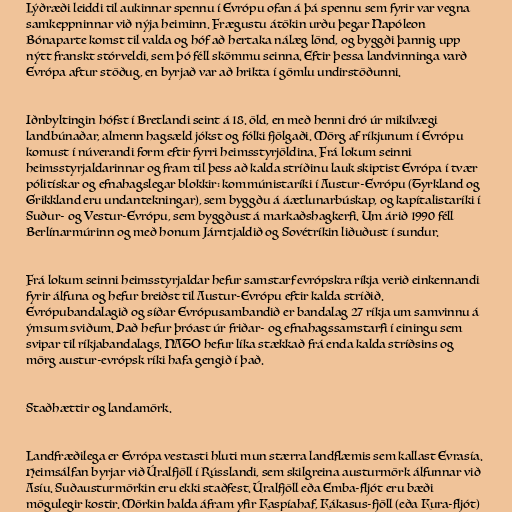
Lýðræði leiddi til aukinnar spennu í Evrópu ofan á þá spennu sem fyrir var vegna
samkeppninnar við nýja heiminn. Frægustu átökin urðu þegar Napóleon
Bónaparte komst til valda og hóf að hertaka nálæg lönd, og byggði þannig upp
nýtt franskt stórveldi, sem þó féll skömmu seinna. Eftir þessa landvinninga varð
Evrópa aftur stöðug, en byrjað var að hrikta í gömlu undirstöðunni.

Iðnbyltingin hófst í Bretlandi seint á 18. öld, en með henni dró úr mikilvægi
landbúnaðar, almenn hagsæld jókst og fólki fjölgaði. Mörg af ríkjunum í Evrópu
komust í núverandi form eftir fyrri heimsstyrjöldina. Frá lokum seinni
heimsstyrjaldarinnar og fram til þess að kalda stríðinu lauk skiptist Evrópa í tvær
pólitískar og efnahagslegar blokkir: kommúnistaríki í Austur-Evrópu (Tyrkland og
Grikkland eru undantekningar), sem byggðu á áætlunarbúskap, og kapítalistaríki í
Suður- og Vestur-Evrópu, sem byggðust á markaðshagkerfi. Um árið 1990 féll
Berlínarmúrinn og með honum Járntjaldið og Sovétríkin liðuðust í sundur.

Frá lokum seinni heimsstyrjaldar hefur samstarf evrópskra ríkja verið einkennandi
fyrir álfuna og hefur breiðst til Austur-Evrópu eftir kalda stríðið.
Evrópubandalagið og síðar Evrópusambandið er bandalag 27 ríkja um samvinnu á
ýmsum sviðum. Það hefur þróast úr friðar- og efnahagssamstarfi í einingu sem
svipar til ríkjabandalags. NATO hefur líka stækkað frá enda kalda stríðsins og
mörg austur-evrópsk ríki hafa gengið í það.

Staðhættir og landamörk.

Landfræðilega er Evrópa vestasti hluti mun stærra landflæmis sem kallast Evrasía.
Heimsálfan byrjar við Úralfjöll í Rússlandi, sem skilgreina austurmörk álfunnar við
Asíu. Suðausturmörkin eru ekki staðfest. Úralfjöll eða Emba-fljót eru bæði
mögulegir kostir. Mörkin halda áfram yfir Kaspíahaf, Kákasus-fjöll (eða Kura-fljót)